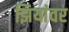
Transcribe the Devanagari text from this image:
झियांवर